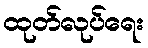
ထုတ်လုပ်ရေး